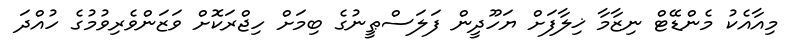
މިއާއެކު މެންޑޭޓް ނިޒާމާ ޚިލާފަށް ޔަހޫދީން ފަލަސްޠީނުގެ ބިމަށް ހިޖްރަކޮށް ވަޒަންވެރިވުމުގެ ހުއްދަ